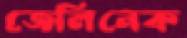
জেলিনেক